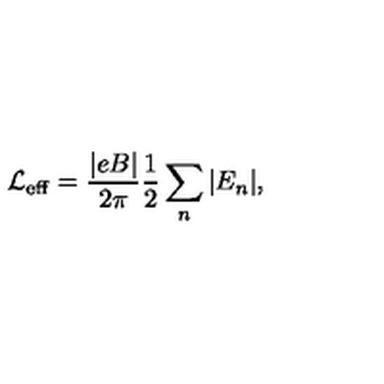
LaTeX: \mathrm { \cal L } _ { \mathrm { e f f } } = \frac { | e B | } { 2 \pi } \frac { 1 } { 2 } \sum _ { n } | E _ { n } | ,